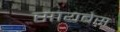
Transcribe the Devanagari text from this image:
सायबेस